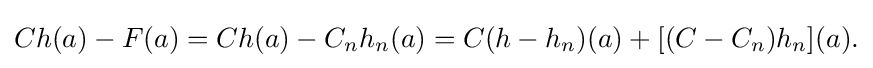
\displaystyle {Ch(a)-F(a)=Ch(a)-C_{n}h_{n}(a)=C(h-h_{n})(a)+[(C-C_{n})h_{n}](a).}